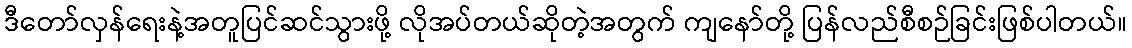
ဒီတော်လှန်ရေးနဲ့အတူပြင်ဆင်သွားဖို့ လိုအပ်တယ်ဆိုတဲ့အတွက် ကျနော်တို့ ပြန်လည်စီစဉ်ခြင်းဖြစ်ပါတယ်။